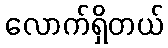
လောက်ရှိတယ်